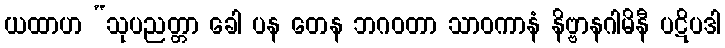
ယထာဟ “သုပညတ္တာ ခေါ ပန တေန ဘဂဝတာ သာဝကာနံ နိဗ္ဗာနဂါမိနီ ပဋိပဒါ